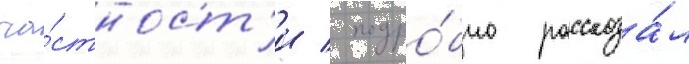
ча́стност'и / подро́бно рассказа́л